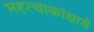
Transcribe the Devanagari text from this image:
महत्वाकांक्षायें